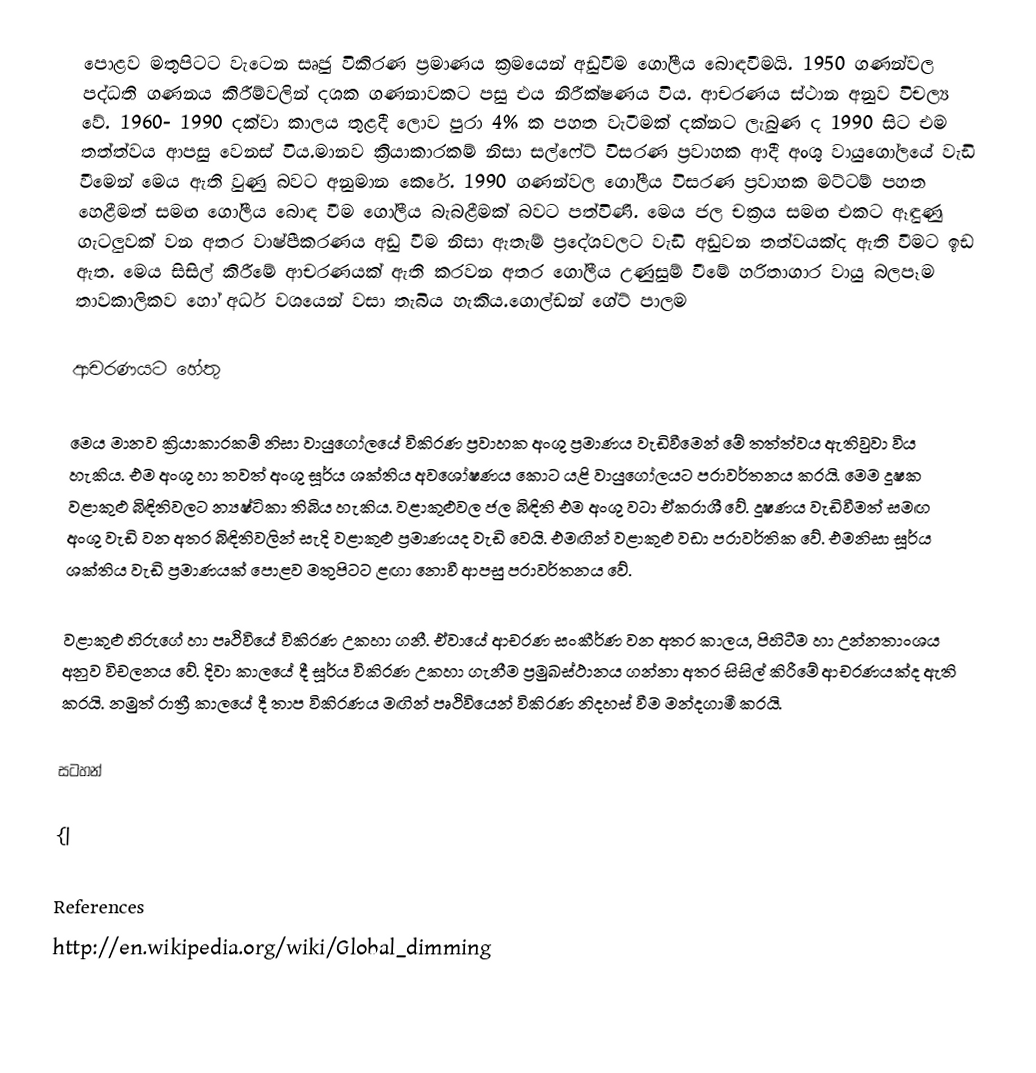
පොළව මතුපිටට වැටෙන සෘජු විකිරණ ප්‍රමාණය ක්‍රමයෙන් අඩුවීම ගෝලීය බොඳවීමයි. 1950 ගණන්වල පද්ධති ගණනය කිරීම්වලින් දශක ගණනාවකට පසු එය නිරීක්ෂණය විය. ආචරණය ස්ථාන අනුව විචල්‍ය වේ. 1960- 1990 දක්වා කාලය තුළදී ලොව පුරා 4% ක පහත වැටීමක් දක්නට ලැබුණ ද 1990 සිට එම තත්ත්වය ආපසු වෙනස් විය.මානව ක්‍රියාකාරකම් නිසා සල්ෆේට් විසරණ ප්‍රවාහක ආදී අංශු වායුගෝලයේ වැඩි වීමෙන් මෙය ඇති වුණු බවට අනුමාන කෙරේ. 1990 ගණන්වල ගෝලීය විසරණ ප්‍රවාහක මට්ටම් පහත හෙළීමත් සමඟ ගෝලීය බොඳ වීම ගෝලීය බැබළීමක් බවට පත්විණි. මෙය ජල චක්‍රය සමඟ එකට ඈඳුණු ගැටලුවක් වන අතර වාෂ්පීකරණය අඩු වීම නිසා ඇතැම් ප්‍රදේශවලට වැඩි අඩුවන තත්වයක්ද ඇති වීමට ඉඩ ඇත. මෙය සිසිල් කිරීමේ ආචරණයක් ඇති කරවන අතර ගෝලීය උණුසුම් වීමේ හරිතාගාර වායු බලපෑම තාවකාලිකව හෝ අර්ධ වශයෙන් වසා තැබිය හැකිය.ගොල්ඩන් ගේට් පාලම

ආචරණයට හේතු

මෙය මානව ක්‍රියාකාරකම් නිසා වායුගෝලයේ විකිරණ ප්‍රවාහක අංශු ප්‍රමාණය වැඩිවීමෙන් මේ තත්ත්වය ඇතිවුවා විය හැකිය. එම අංශු හා තවත් අංශු සූර්ය ශක්තිය අවශෝෂණය කොට යළි වායුගෝලයට පරාවර්තනය කරයි. මෙම දූෂක වළාකුළු බිඳිතිවලට න්‍යෂ්ටිකා තිබිය හැකිය. වළාකුළුවල ජල බිඳිති එම අංශු වටා ඒකරාශී වේ. දූෂණය වැඩිවීමත් සමඟ අංශු වැඩි වන අතර බිඳිතිවලින් සැදි වළාකුළු ප්‍රමාණයද වැඩි වෙයි. එමඟින් වළාකුළු වඩා පරාවර්තික වේ. එමනිසා සූර්ය ශක්තිය වැඩි ප්‍රමාණයක් පොළව මතුපිටට ළඟා නොවී ආපසු පරාවර්තනය වේ.

වළාකුළු හිරුගේ හා පෘථිවියේ විකිරණ උකහා ගනී. ඒවායේ ආචරණ සංකීර්ණ වන අතර කාලය, පිහිටීම හා උන්නතාංශය අනුව විචලනය වේ. දිවා කාලයේ දී සූර්ය විකිරණ උකහා ගැනීම ප්‍රමුඛස්ථානය ගන්නා අතර සිසිල් කිරීමේ ආචරණයක්ද ඇති කරයි. නමුත් රාත්‍රී කාලයේ දී තාප විකිරණය මඟින්  පෘථිවියෙන් විකිරණ නිදහස් වීම මන්දගාමී කරයි.

සටහන්

{|

References
http://en.wikipedia.org/wiki/Global_dimming